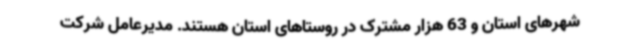
شهرهای استان و 63 هزار مشترک در روستاهای استان هستند. مدیرعامل شرکت